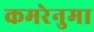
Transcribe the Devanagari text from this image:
कमरेनुमा